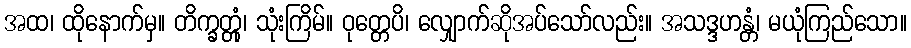
အထ၊ ထိုနောက်မှ။ တိက္ခတ္တုံ၊ သုံးကြိမ်။ ဝုတ္တေပိ၊ လျှောက်ဆိုအပ်သော်လည်း။ အသဒ္ဒဟန္တံ၊ မယုံကြည်သော။